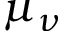
\mu _ { \nu }